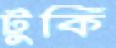
টুকি